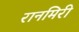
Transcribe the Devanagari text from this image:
रानमिरी